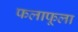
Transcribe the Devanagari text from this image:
फलाफूला